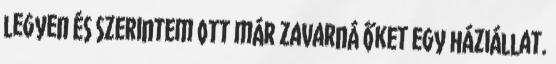
legyen és szerintem ott már zavarná őket egy háziállat.